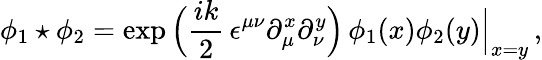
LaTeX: \phi_{1}\star\phi_{2}=\exp\, \Bigl(\frac{ik}{2}\, \epsilon^{\mu\nu}\partial_{\mu}^{x}\partial_{\nu}^{y}\Bigr)\, \phi_{1}(x)\phi_{2}(y)\Big\vert_{x=y}\, ,